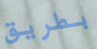
بطريق